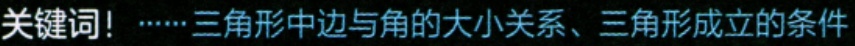
关键词！······三角形中边与角的大小关系、三角形成立的条件